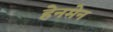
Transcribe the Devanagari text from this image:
हेनमेन